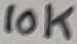
Text: 10K